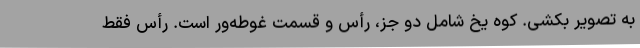
به تصویر بکشی. کوه یخ شامل دو جز، رأس و قسمت غوطه‌ور است. رأس فقط